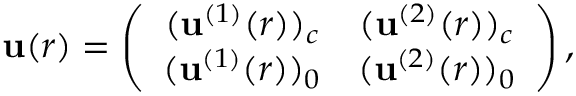
\mathbf { u } ( r ) = \left( \begin{array} { c c } { { ( \mathbf { u } ^ { ( 1 ) } ( r ) ) _ { c } } } & { { ( \mathbf { u } ^ { ( 2 ) } ( r ) ) _ { c } } } \\ { { ( \mathbf { u } ^ { ( 1 ) } ( r ) ) _ { 0 } } } & { { ( \mathbf { u } ^ { ( 2 ) } ( r ) ) _ { 0 } } } \end{array} \right) ,